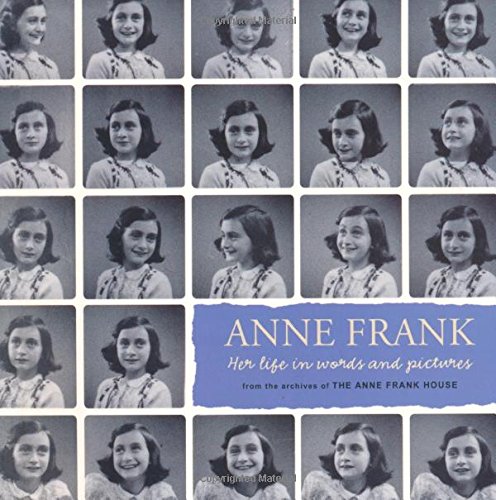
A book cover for Anne Frank: Her life in words and pictures from the archives of The Anne Frank House; Menno Metselaar; History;